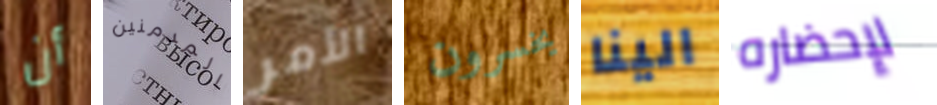
أن المدمنين الأمر يخسرون الينا لإحضاره